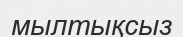
мылтықсыз